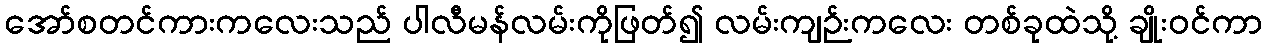
အော်စတင်ကားကလေးသည် ပါလီမန်လမ်းကိုဖြတ်၍ လမ်းကျဉ်းကလေး တစ်ခုထဲသို့ ချိုးဝင်ကာ